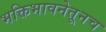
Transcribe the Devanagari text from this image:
भक्तिभावनेतूनच